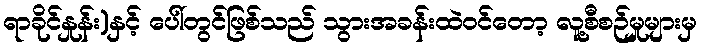
ရာခိုင်နှုန်း)နှင့် ပေါ်တွင်ဖြစ်သည် သွားအခန်းထဲဝင်တော့ လူ့စီစဉ်မှုများမှ